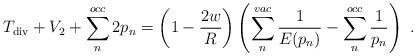
LaTeX: \begin{align*}T_{\rm div}+V_2 + \sum_n^{occ} 2 p_n = \left( 1-\frac{2w}{R} \right) \left( \sum_n^{vac} \frac{1}{E(p_n)} - \sum_n^{occ} \frac{1}{p_n} \right) \ .\end{align*}